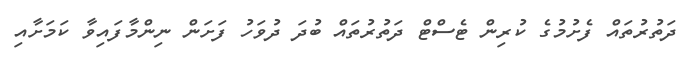
ދަތުރުތައް ފެށުމުގެ ކުރިން ޓެސްޓް ދަތުރުތައް ބުދަ ދުވަހު ފަށަން ނިންމާފައިވާ ކަމަށާއި